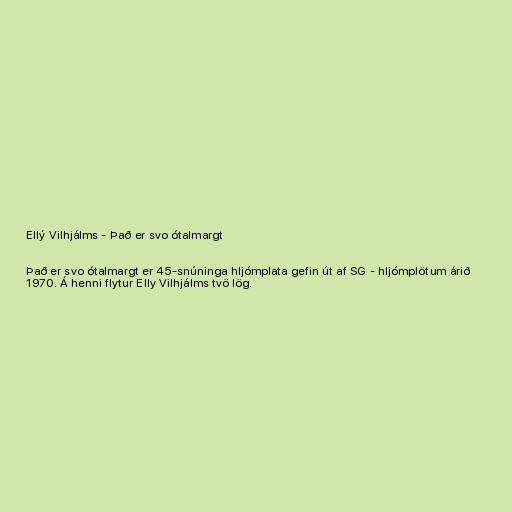
Ellý Vilhjálms - Það er svo ótalmargt

Það er svo ótalmargt er 45-snúninga hljómplata gefin út af SG - hljómplötum árið
1970. Á henni flytur Elly Vilhjálms tvö lög.